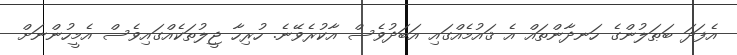
އެފަދަ ބަޠަލުންގެ ހަނދާންތައް އެ ޤައުމެއްގައި އަބަދުވެސް އާކުރެވޭނެ. ހުރިހާ ޖީލުތަކެއްގައިވެސް އެމީހުންނަށް